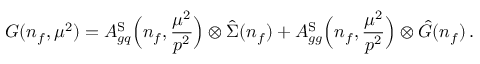
G ( n _ { f } , \mu ^ { 2 } ) = A _ { g q } ^ { \mathrm { S } } \Big ( n _ { f } , \frac { \mu ^ { 2 } } { p ^ { 2 } } \Big ) \otimes \hat { \Sigma } ( n _ { f } ) + A _ { g g } ^ { \mathrm { S } } \Big ( n _ { f } , \frac { \mu ^ { 2 } } { p ^ { 2 } } \Big ) \otimes \hat { G } ( n _ { f } ) \, .